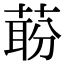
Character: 𬝝